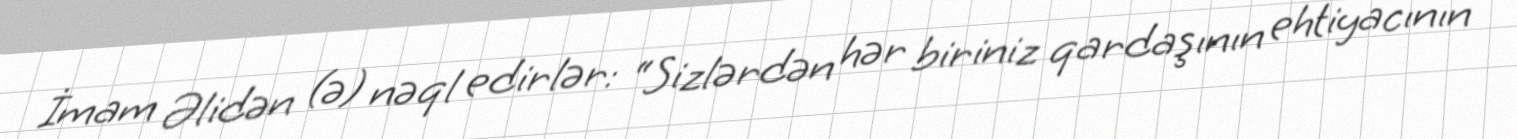
İmam Əlidən (ə) nəql edirlər: “Sizlərdən hər biriniz qardaşının ehtiyacının